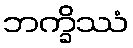
ဘက္ခိဿံ